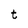
Character: t